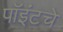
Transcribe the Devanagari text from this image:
पॉइंटचे